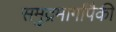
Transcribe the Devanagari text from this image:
समुद्रमार्गांपैकी